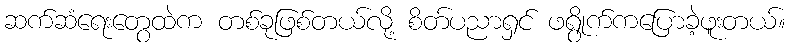
ဆက်ဆံရေးတွေထဲက တစ်ခုဖြစ်တယ်လို့ စိတ်ပညာရှင် ဖရွိုက်ကပြောခဲ့ဖူးတယ်။